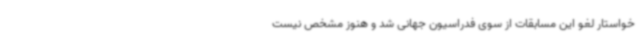
خواستار لغو این مسابقات از سوی فدراسیون جهانی شد و هنوز مشخص نیست